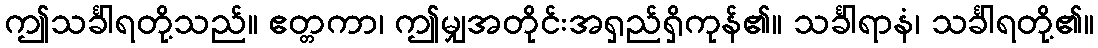
ဤသင်္ခါရတို့သည်။ ဧတ္တကာ၊ ဤမျှအတိုင်းအရှည်ရှိကုန်၏။ သင်္ခါရာနံ၊ သင်္ခါရတို့၏။